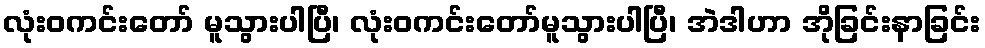
လုံးဝကင်းတော် မူသွားပါပြီ၊ လုံးဝကင်းတော်မူသွားပါပြီ၊ အဲဒါဟာ အိုခြင်းနာခြင်း